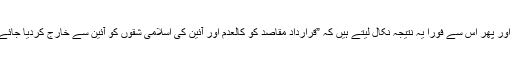
“ اور پھر اس سے فورا یہ نتیجہ نکال لیتے ہیں کہ ”قرارداد مقاصد کو کالعدم اور آئین کی اسلامی شقوں کو آئین سے خارج کردیا جائے؟